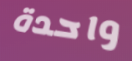
واحدة